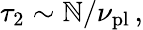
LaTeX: {\tau}_{2}\sim\mathbb{N}/{\nu}_{\mathrm{{pl}}}\, ,